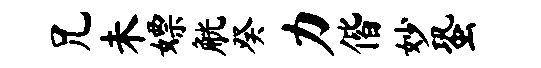
兄未嫖觥癸力偕妙蛩